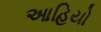
આહિયો